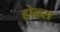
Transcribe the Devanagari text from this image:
होब्ब्स